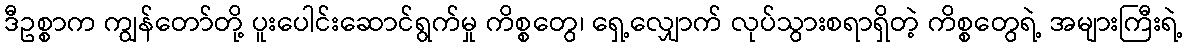
ဒီဥစ္စာက ကျွန်တော်တို့ ပူးပေါင်းဆောင်ရွက်မှု ကိစ္စတွေ၊ ရှေ့လျှောက် လုပ်သွားစရာရှိတဲ့ ကိစ္စတွေရဲ့ အများကြီးရဲ့